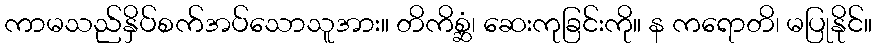
ကာမသည်နှိပ်စက်အပ်သောသူအား။ တိကိစ္ဆံ၊ ဆေးကုခြင်းကို။ န ကရောတိ၊ မပြုနိုင်။